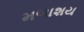
મળાશય